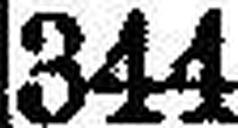
344